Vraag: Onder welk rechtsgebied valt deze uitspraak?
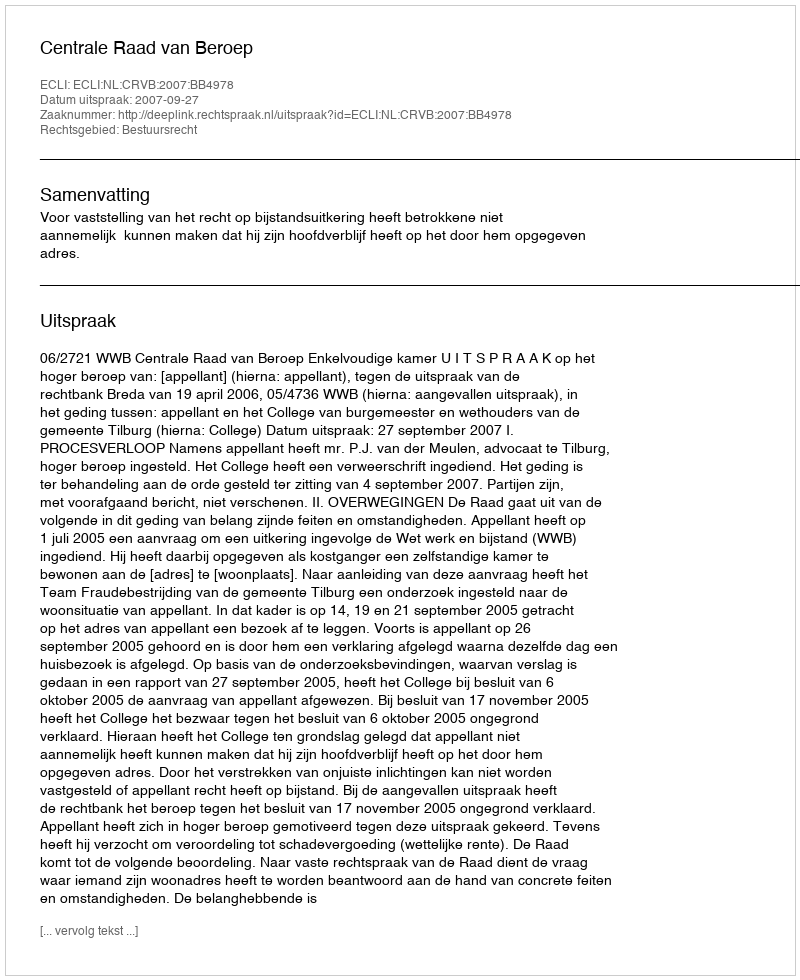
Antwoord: Bestuursrecht